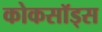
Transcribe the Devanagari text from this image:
कोकसॉड्स